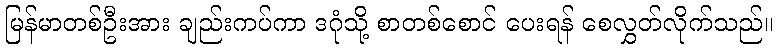
မြန်မာတစ်ဦးအား ချည်းကပ်ကာ ဒဂုံသို့ စာတစ်စောင် ပေးရန် စေလွှတ်လိုက်သည်။